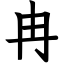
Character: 冉